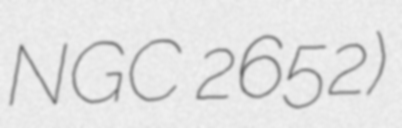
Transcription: NGC 2652)